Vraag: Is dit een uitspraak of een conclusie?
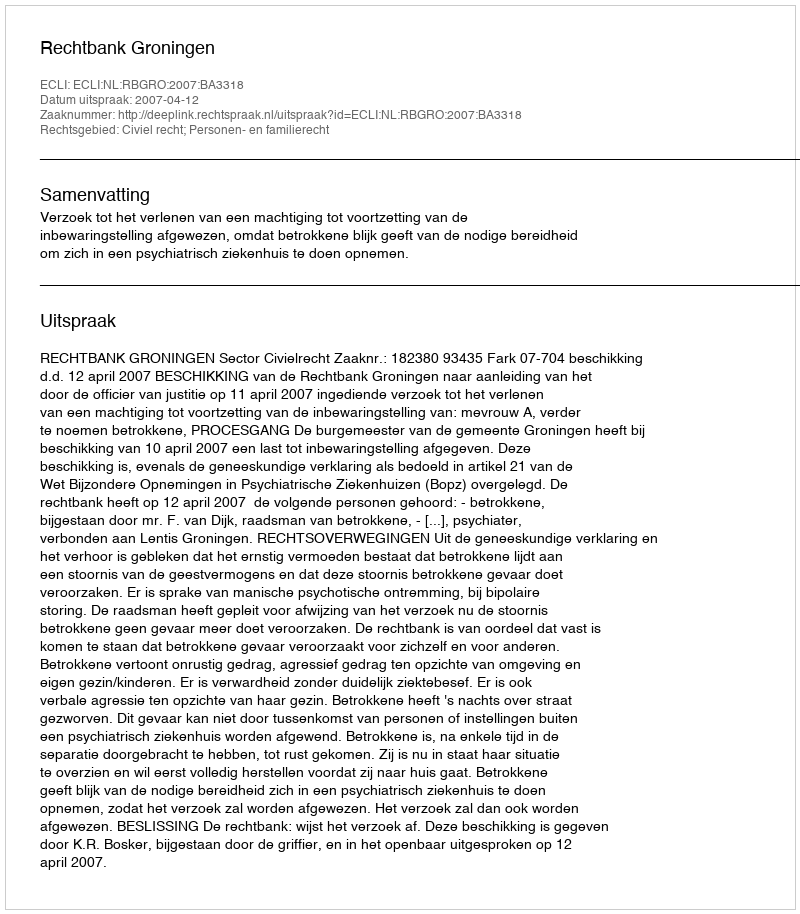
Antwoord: Uitspraak